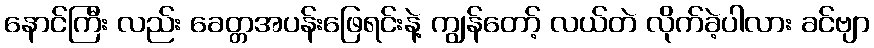
နောင်ကြီး လည်း ခေတ္တအပန်းဖြေရင်းနဲ့ ကျွန်တော့် လယ်တဲ လိုက်ခဲ့ပါလား ခင်ဗျာ